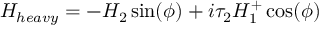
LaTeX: H _ { h e a v y } = - H _ { 2 } \sin ( \phi ) + i \tau _ { 2 } H _ { 1 } ^ { + } \cos ( \phi )